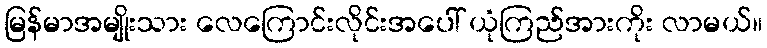
မြန်မာအမျိုးသား လေကြောင်းလိုင်းအပေါ် ယုံကြည်အားကိုး လာမယ်။